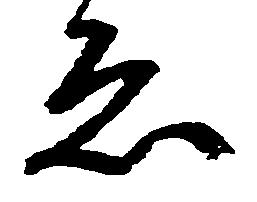
ゑ